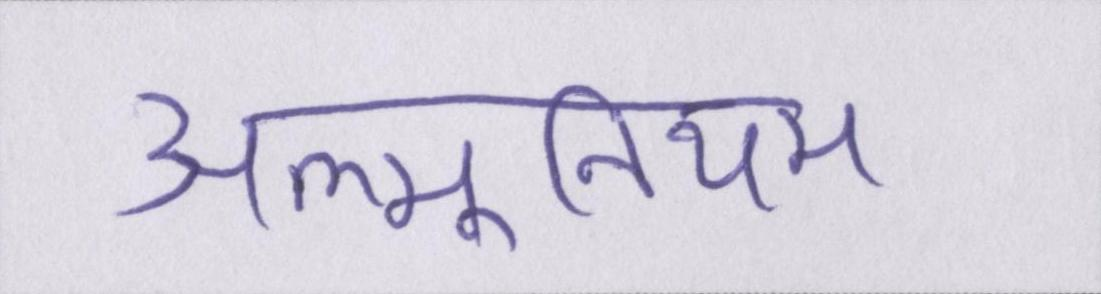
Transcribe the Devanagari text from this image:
अल्मूनियम